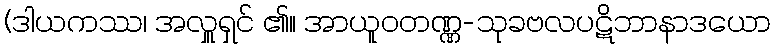
(ဒါယကဿ၊ အလှူရှင် ၏။ အာယူဝတဏ္ဏ-သုခဗလပဋိဘာနာဒယော